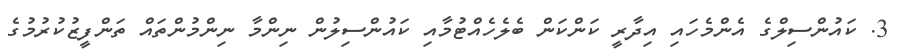
3. ކައުންސިލްގެ އެންމެހައި އިދާރީ ކަންކަން ބެލެހެއްޓުމާއި ކައުންސިލުން ނިންމާ ނިންމުންތައް ތަންފީޒުކުރުމުގެ